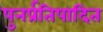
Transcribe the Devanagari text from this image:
पुनर्प्रतिपादित